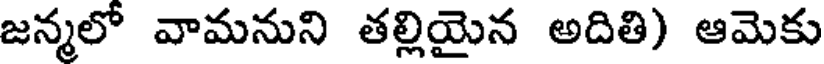
జన్మలో వామనుని తల్లియైన అదితి) ఆమెకు